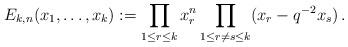
LaTeX: \begin{align*} E_{k,n}(x_1,\ldots,x_k):=\prod_{1\leq r\leq k} x_r^n \prod_{1\leq r\ne s\leq k} (x_r-q^{-2}x_s) \,.\end{align*}